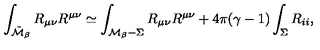
\int _ { \tilde { \cal M } _ { \beta } } R _ { \mu \nu } R ^ { \mu \nu } \simeq \int _ { { \cal M } _ { \beta } - \Sigma } R _ { \mu \nu } R ^ { \mu \nu } + 4 \pi ( \gamma - 1 ) \int _ { \Sigma } R _ { i i } ,